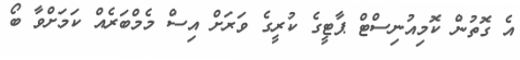
އެ ގޮތުން ކޮމިއުނިސްޓް ޕާޓީގެ ކުރީގެ ވަރަށް އިސް މެމްބަރެއް ކަމަށްވާ ބޯ